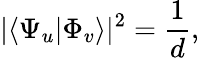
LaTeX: \vert\langle\Psi_{u}|\Phi_{v}\rangle\vert^{2}=\frac{1}{d},